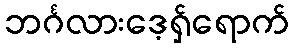
ဘင်္ဂလားဒေ့ရှ်ရောက်